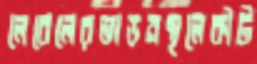
লেবেলেরভাঙনস্থলেকীট